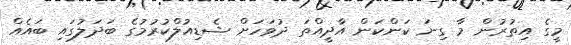
މީގެ އިތުރުން މާ ގިނަ ކަންކަން އާދީއްތަ ދުވަހަށް ޝެޑިއުލްކުރުމުގެ ބަދަލުގައި ބައެއް